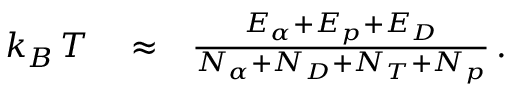
\begin{array} { r l r } { k _ { B } \, T } & { { } \approx } & { \frac { E _ { \alpha } + E _ { p } + E _ { D } } { N _ { \alpha } + N _ { D } + N _ { T } + N _ { p } } \, . } \end{array}